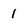
Character: 1